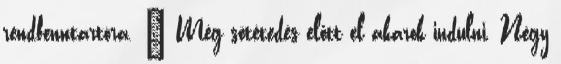
rendfenntartóra. – Még sötétedés előtt el akarok indulni. Négy